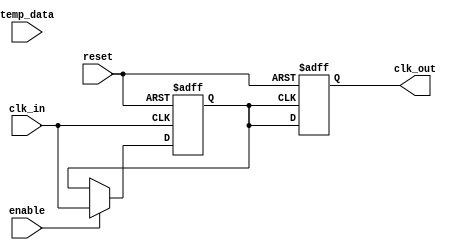
module TempCompensatedClockBuffer (
    input wire clk_in,           // Input clock signal
    input wire [7:0] temp_data, // Temperature data from sensor
    output reg clk_out,         // Output clock signal
    input wire enable,          // Enable signal for the buffer
    input wire reset            // Reset signal
);

    // Parameters for compensation logic
    parameter TEMP_THRESHOLD = 8'd25; // Example threshold temperature
    parameter DELAY_ADJUSTMENT = 2;    // Delay adjustment factor
    reg [3:0] delay;                   // Delay setting based on temperature

    // Internal clock signal
    reg clk_buffered;

    // Temperature compensation logic
    always @(*) begin
        if (temp_data < TEMP_THRESHOLD) begin
            delay = DELAY_ADJUSTMENT; // Increase delay for low temperatures
        end else begin
            delay = 0; // No adjustment for normal temperatures
        end
    end

    // Clock buffering logic
    always @(posedge clk_in or posedge reset) begin
        if (reset) begin
            clk_buffered <= 0;
        end else if (enable) begin
            // Simple clock buffering with delay adjustment
            clk_buffered <= #delay clk_in; // Apply delay based on compensation logic
        end
    end

    // Output stage
    always @(posedge clk_buffered or posedge reset) begin
        if (reset) begin
            clk_out <= 0;
        end else begin
            clk_out <= clk_buffered; // Drive output clock signal
        end
    end

endmodule